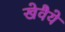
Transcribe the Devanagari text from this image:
खेवैये